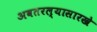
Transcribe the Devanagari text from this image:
अवतरल्यासारखे